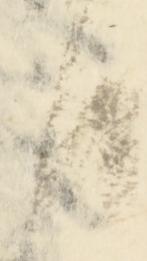
日